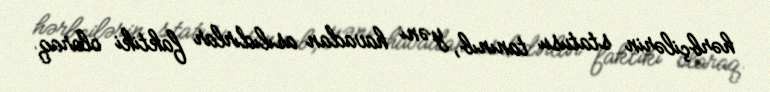
hərbçilərin statusu tanınıb, yəni havadan asılıdırlar faktiki olaraq.